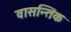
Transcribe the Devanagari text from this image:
वासन्तिक